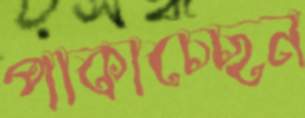
পাকাচ্ছেন